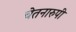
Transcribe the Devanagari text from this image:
चेतनारुपी